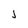
Character: j